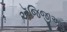
ઍજિજીઆ